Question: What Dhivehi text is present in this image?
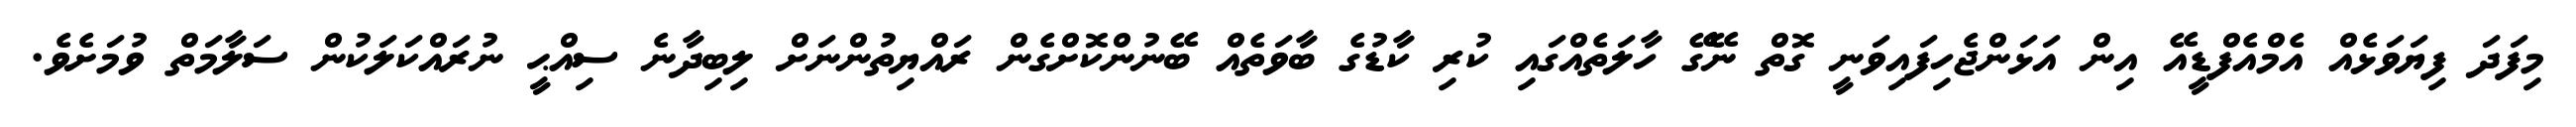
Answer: މިފަދަ ފިޔަވަޅެއް އެމްއެފްޑީއޭ އިން އަޅަންޖެހިފައިވަނީ ގޮތް ނޭގޭ ހާލަތެއްގައި ކުރި ކާޑުގެ ބާވަތެއް ބޭނުންކޮށްގެން ރައްޔިތުންނަށް ލިބިދާނެ ސިއްޙީ ނުރައްކަލަކުން ސަލާމަތް ވުމަށެވެ.